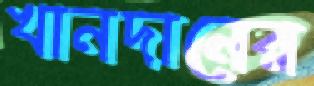
খানদানের